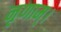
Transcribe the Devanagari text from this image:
नृणाम्‌।